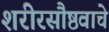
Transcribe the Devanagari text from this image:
शरीरसौष्ठवाचे